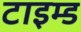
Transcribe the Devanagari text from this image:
टाइम्ड